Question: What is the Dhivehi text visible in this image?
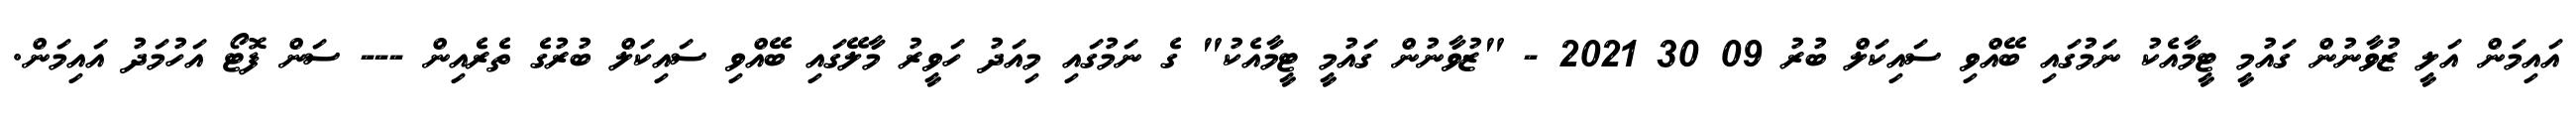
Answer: އައިމަން އަލީ ޒުވާނުން ގައުމީ ޓީމާއެކު ނަމުގައި ބޭއްވި ސައިކަލް ބުރު 09 30 2021 - "ޒުވާނުން ގައުމީ ޓީމާއެކު" ގެ ނަމުގައި މިއަދު ހަވީރު މާލޭގައި ބޭއްވި ސައިކަލް ބުރުގެ ތެރެއިން --- ސަން ފޮޓޯ އަހުމަދު އައިމަން.